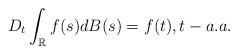
LaTeX: \begin{align*} D_t \int_{\mathbb{R}}f(s)dB(s)= f(t), t- a.a.\end{align*}